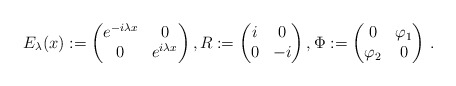
\begin{align*}E_\lambda(x):= \begin{pmatrix}e^{-i\lambda x}& 0\\ 0 &e^{i\lambda x}\end{pmatrix},R:= \begin{pmatrix}i &0 \\ 0& -i\end{pmatrix},\Phi:= \begin{pmatrix}0 & \varphi_1 \\ \varphi_2 & 0\end{pmatrix} \,.\end{align*}